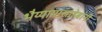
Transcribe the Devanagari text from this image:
भैय्यायासाहेबांनी